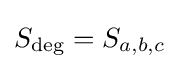
S_{\text{deg}}=S_{a,b,c}